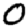
Digit: 0